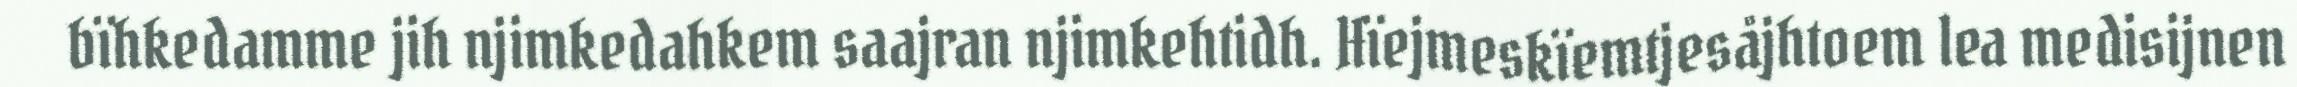
bïhkedamme jih njimkedahkem saajran njimkehtidh. Hïejmeskïemtjesåjhtoem lea medisijnen